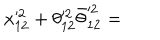
x _ { 1 2 } ^ { \prime 2 } + \theta _ { 1 2 } ^ { \prime 2 } \bar { \theta } _ { 1 2 } ^ { \prime 2 } =